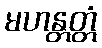
မဟန္တတ္တံ